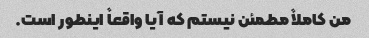
من کاملاً مطمئن نیستم که آیا واقعاً اینطور است.